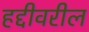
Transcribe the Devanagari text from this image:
हद्दीवरील